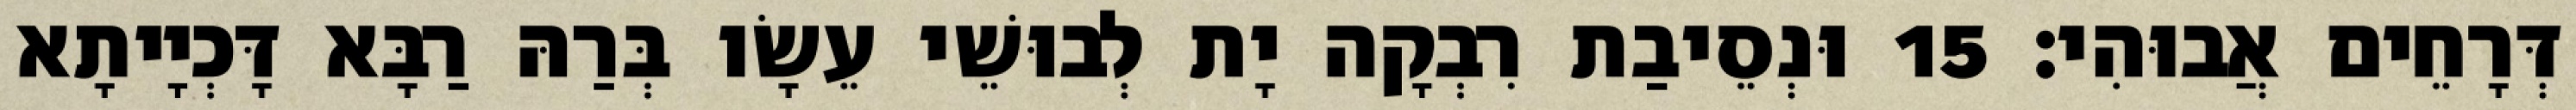
דְּרָחֵים אֲבוּהִי׃ 15 וּנְסֵיבַת רִבְקָה יָת לְבוּשֵׁי עֵשָׂו בְּרַהּ רַבָּא דָּכְיָיתָא